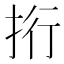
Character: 𢫱